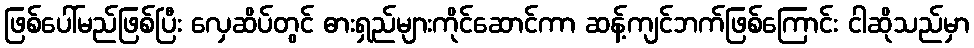
ဖြစ်ပေါ်မည်ဖြစ်ပြီး လှေဆိပ်တွင် ဓားရှည်များကိုင်ဆောင်ကာ ဆန့်ကျင်ဘက်ဖြစ်ကြောင်း ငါဆိုသည်မှာ